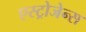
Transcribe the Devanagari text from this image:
एस्ट्रोजेन्स